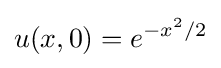
u(x,0)=e^{-x^{2}/2}